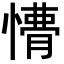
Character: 𭞩